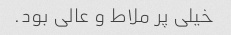
خیلی پر ملاط و عالی بود.